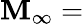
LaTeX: \mathbf{M}_{\infty}=